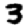
Digit: 3